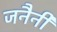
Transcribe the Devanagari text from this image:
जनैनी